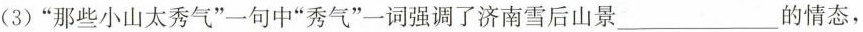
(3)”那些小山太秀气”一句中”秀气”一词强调了济南雪后山景___的情态，